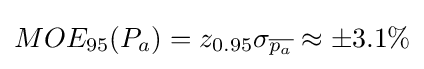
MOE_{95}(P_{a})=z_{0.95}\sigma _{\overline {p_{a}}}\approx \pm {3.1\%}